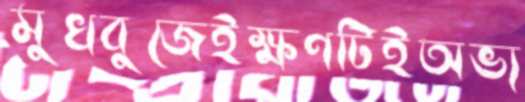
মুখবুজেইক্ষণটিইঅভ্য